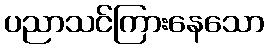
ပညာသင်ကြားနေသော